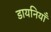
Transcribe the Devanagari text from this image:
डायनियाँ